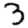
Digit: 3